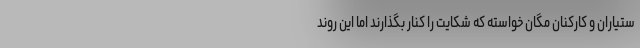
ستیاران و کارکنان مگان خواسته که شکایت را کنار بگذارند اما این روند